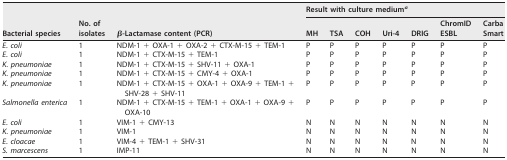
| <ROWSPAN=2> Bacterial species | <ROWSPAN=2> No. of isolates | <ROWSPAN=2> β-Lactamase content (PCR) | <COLSPAN=7> Result with culture mediuma |
 | MH | TSA | COH | Uri-4 | DRIG | ChromID ESBL | Carba Smart |
 | --- | --- | --- | --- | --- | --- | --- | --- | --- | --- |
 | E. coli | 1 | NDM-1 + OXA-1 + OXA-2 + CTX-M-15 + TEM-1 | P | P | P | P | P | P | P |
 | E. coli | 1 | NDM-1 + CTX-M-15 + TEM-1 | P | P | P | P | P | P | P |
 | K. pneumoniae | 1 | NDM-1 + CTX-M-15 + SHV-11 + OXA-1 | P | P | P | P | P | P | P |
 | K. pneumoniae | 1 | NDM-1 + CTX-M-15 + CMY-4 + OXA-1 | P | P | P | P | P | P | P |
 | K. pneumoniae | 1 | NDM-1 + CTX-M-15 + OXA-1 + OXA-9 + TEM-1 + SHV-28 + SHV-11 | P | P | P | P | P | P | P |
 | Salmonella enterica | 1 | NDM-1 + CTX-M-15 + TEM-1 + OXA-1 + OXA-9 + OXA-10 | P | P | P | P | P | P | P |
 | E. coli | 1 | VIM-1 + CMY-13 | N | N | N | N | N | N | N |
 | K. pneumoniae | 1 | VIM-1 | N | N | N | N | N | N | N |
 | E. cloacae | 1 | VIM-4 + TEM-1 + SHV-31 | N | N | N | N | N | N | N |
 | S. marcescens | 1 | IMP-11 | N | N | N | N | N | N | N |